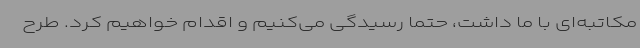
مکاتبه‌ای با ما داشت، حتماً رسیدگی می‌کنیم و اقدام خواهیم کرد. طرح